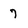
Character: 7